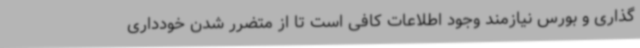
گذاری و بورس نیازمند وجود اطلاعات کافی است تا از متضرر شدن خودداری